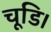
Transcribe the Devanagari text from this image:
चूडि।